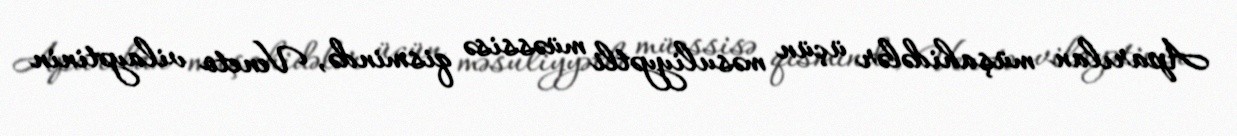
Aparılan müşahidələr üçün məsuliyyətli müəssisə qismində, Veneto vilayətinin